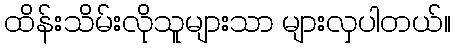
ထိန်းသိမ်းလိုသူများသာ များလှပါတယ်။